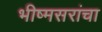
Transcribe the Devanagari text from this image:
भीष्मसरांचा